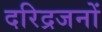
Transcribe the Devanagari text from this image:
दरिद्रजनों